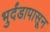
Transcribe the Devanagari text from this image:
भुर्दंडापासून